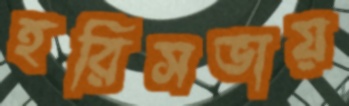
হরিসভায়